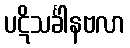
ပဋိသင်္ခါနဗလာ